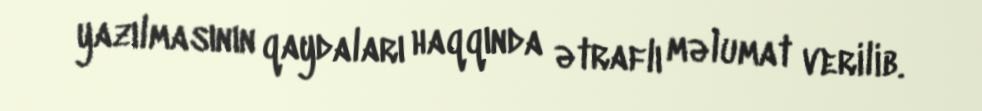
yazılmasının qaydaları haqqında ətraflı məlumat verilib.